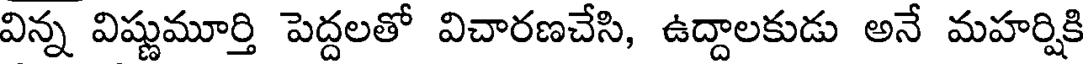
విన్న విష్ణుమూర్తి పెద్దలతో విచారణచేసి, ఉద్దాలకుడు అనే మహర్షికి